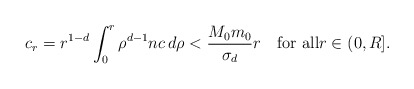
\begin{align*}c_{r}=r^{1-d}\int_{0}^{r}\rho^{d-1}nc\,d\rho < \frac{M_{0}m_{0}}{\sigma_{d}}r \quad\mbox{for all}r\in(0,R].\end{align*}